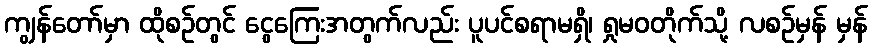
ကျွန်တော်မှာ ထိုစဉ်တွင် ငွေကြေးအတွက်လည်း ပူပင်စရာမရှိ၊ ရှုမဝတိုက်သို့ လစဉ်မှန် မှန်